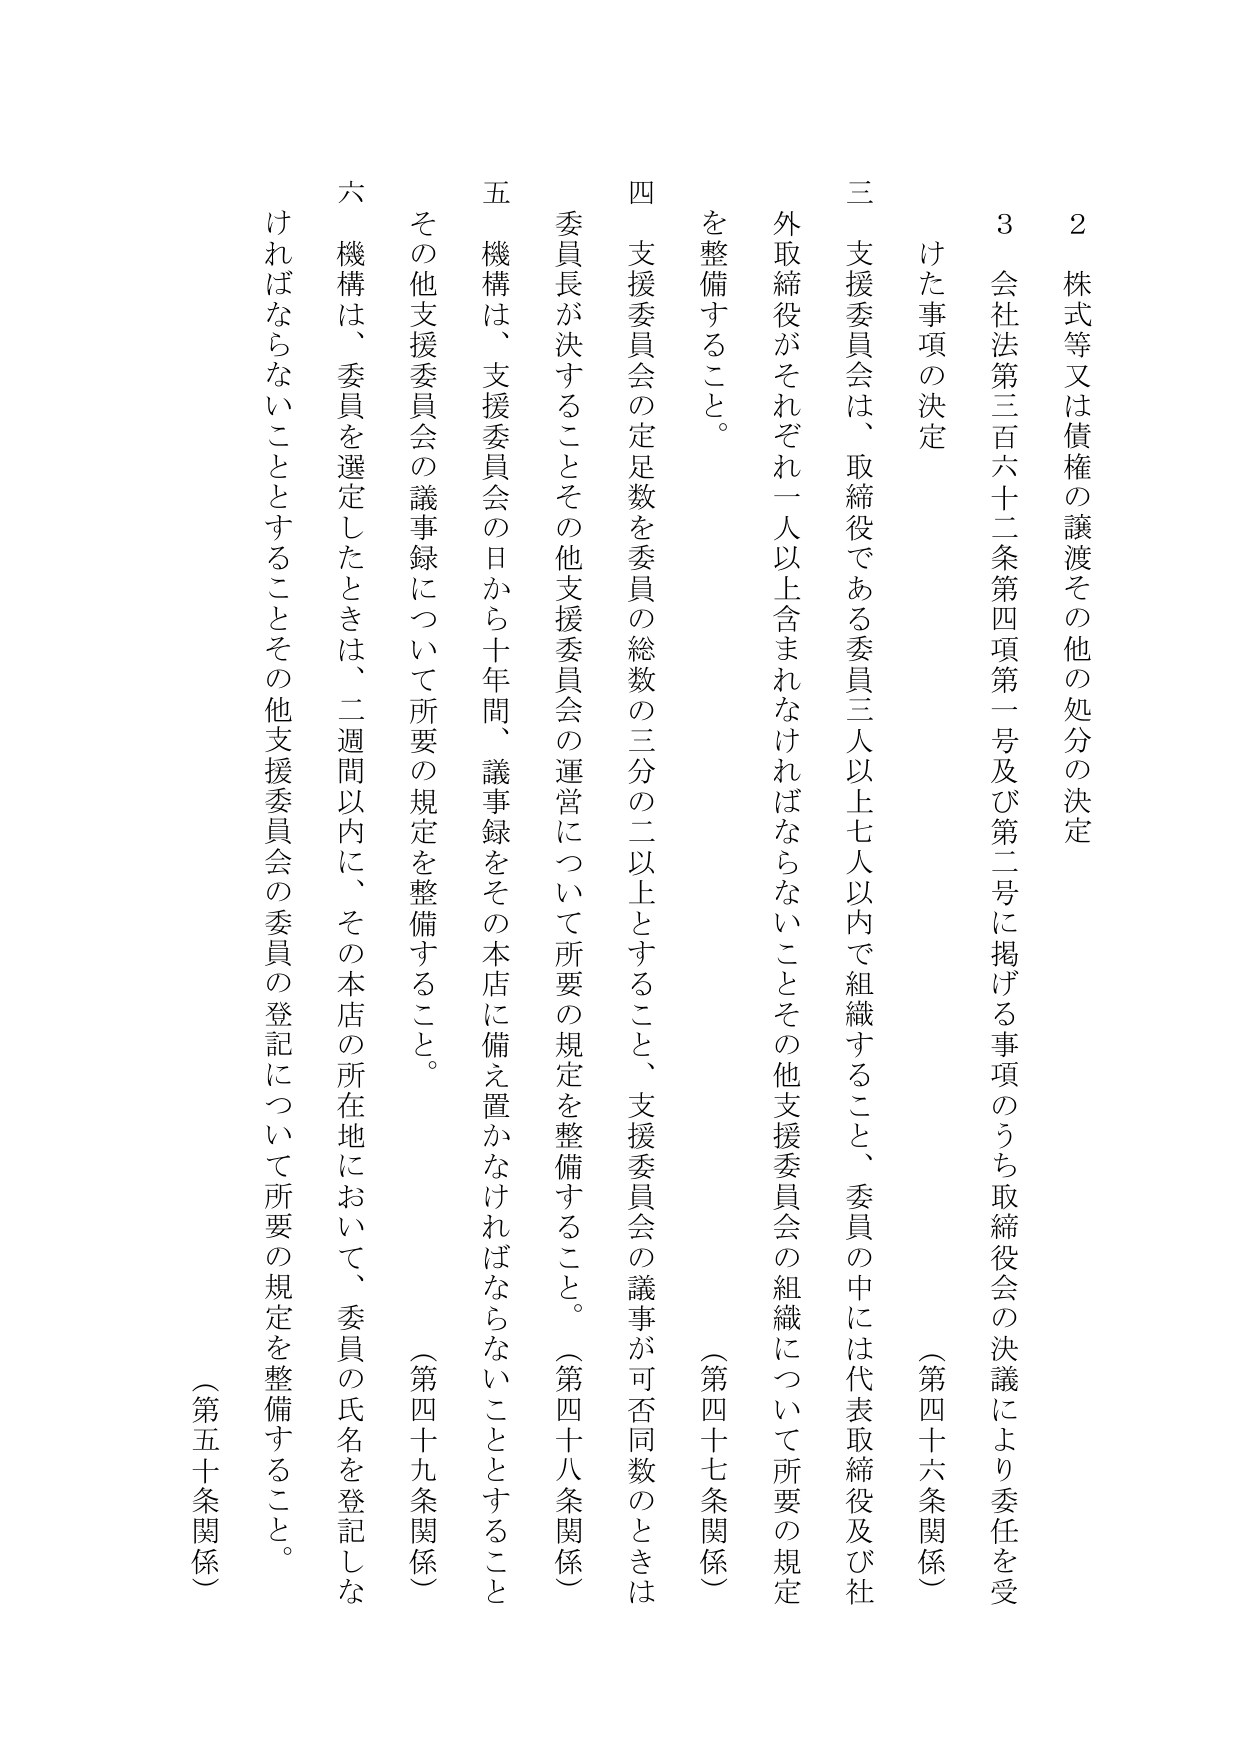
2 株式等又は債権の譲渡その他の処分の決定
3 会社法第三百六十二条第四項第一号及び第二号に掲げる事項のうち取締役会の決議により委任を受けた事項の決定
（第四十六条関係）

三 支援委員会は、取締役である委員三人以上七人以内で組織すること、委員の中には代表取締役及び社外取締役がそれぞれ一人以上含まれなければならないことその他支援委員会の組織について所要の規定を整備すること。
（第四十七条関係）

四 支援委員会の定足数を委員の総数の三分の二以上とすること、支援委員会の議事が可否同数のときは委員長が決することその他支援委員会の運営について所要の規定を整備すること。
（第四十八条関係）

五 機構は、支援委員会の日から十年間、議事録をその本店に備え置かなければならないこととすること。
その他支援委員会の議事録について所要の規定を整備すること。
（第四十九条関係）

六 機構は、委員を選定したときは、二週間以内に、その本店の所在地において、委員の氏名を登記しなければならないこととすることその他支援委員会の委員の登記について所要の規定を整備すること。
（第五十条関係）